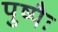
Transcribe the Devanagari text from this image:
पुष्पैः